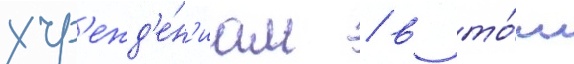
учр'ежд'е́н'иам / в то́м